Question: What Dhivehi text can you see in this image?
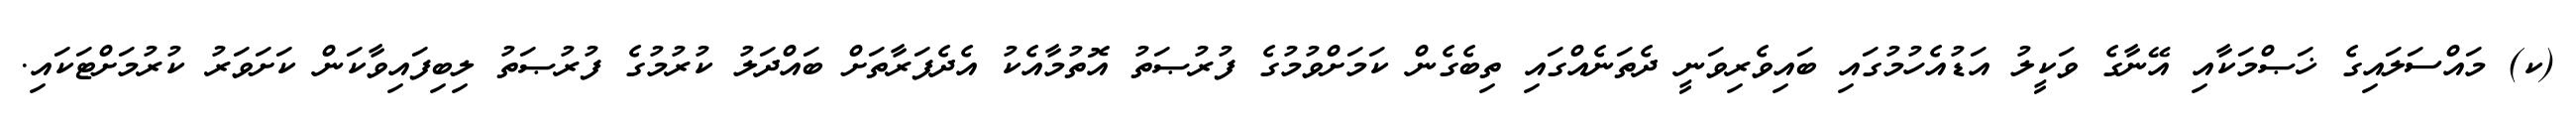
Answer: (ކ) މައްސަލައިގެ ޚަޞްމަކާއި އޭނާގެ ވަކީލު އަޑުއެހުމުގައި ބައިވެރިވަނީ ދެތަނެއްގައި ތިބެގެން ކަމަށްވުމުގެ ފުރުޞަތު އޮތުމާއެކު އެދެފަރާތަށް ބައްދަލު ކުރުމުގެ ފުރުޞަތު ލިބިފައިވާކަން ކަށަވަރު ކުރުމަށްޓަކައި.